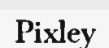
Pixley